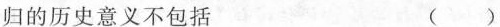
归的历史意义不包括 ()